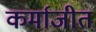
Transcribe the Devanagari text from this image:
कर्माजीत